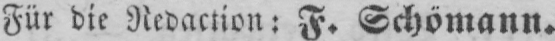
Für die Redaction: F. Schömann.